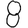
Digit: 8